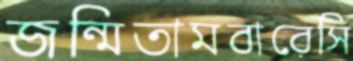
জন্মিতামবারেসি